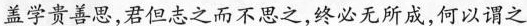
盖学贵善思，君但志之而不思之，终必无所成，何以谓之